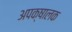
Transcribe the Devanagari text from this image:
अपक्षालक